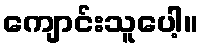
ကျောင်းသူပေါ့။